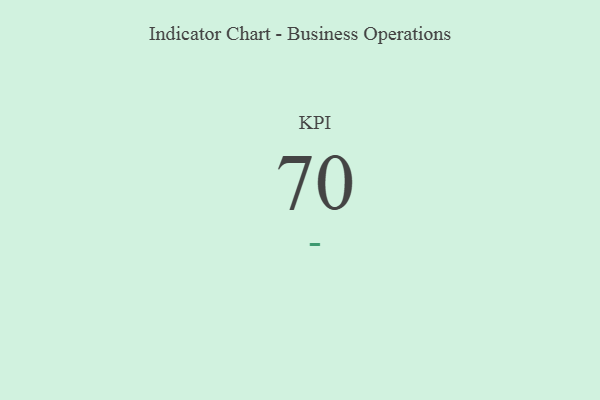
{"axis": {"x": "KPI", "y": "Value"}, "legend": [""], "data": [{"x": "KPI", "y": 70, "type": ""}]}